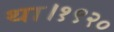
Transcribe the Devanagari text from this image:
था।१९२०